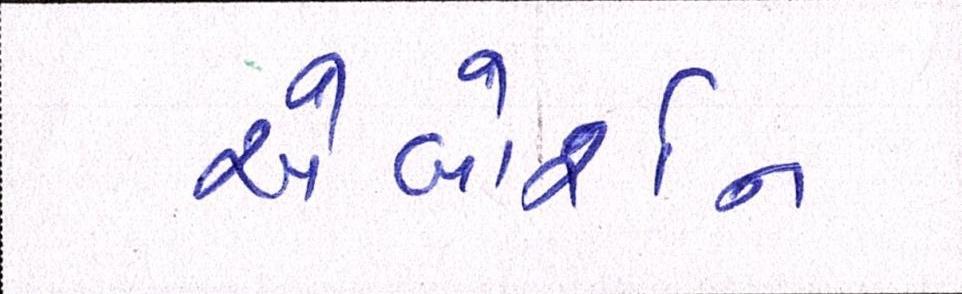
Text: એબોર્શન